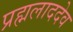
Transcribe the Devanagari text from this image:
प्रह्मलाददेव